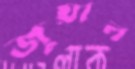
জুয়াল